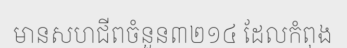
មានសហជីពចំនួន៣២១៤ ដែលកំពុង